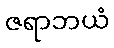
ဇရာဘယံ